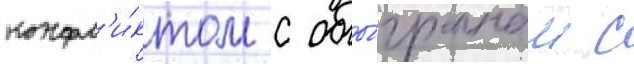
конфл'и́ктом с обы́гранным с